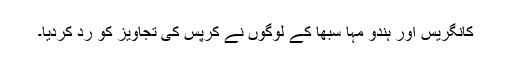
کانگریس اور ہندو مہا سبھا کے لوگوں نے کرپس کی تجاویز کو رد کردیا۔